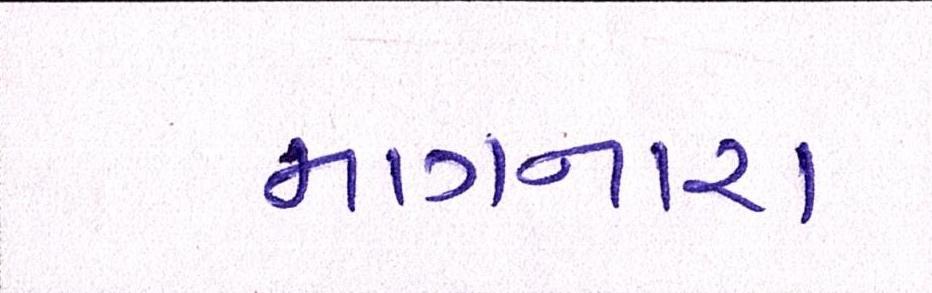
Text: માગનારા